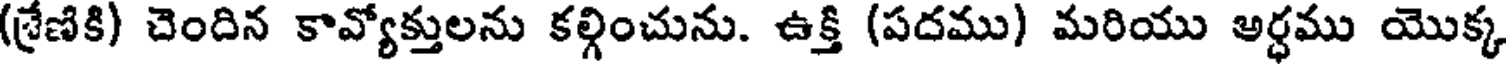
(శ్రేణికి) చెందిన కావ్యోక్తులను కల్గించును. ఉక్తి (పదము) మరియు అర్ధము యొక్క